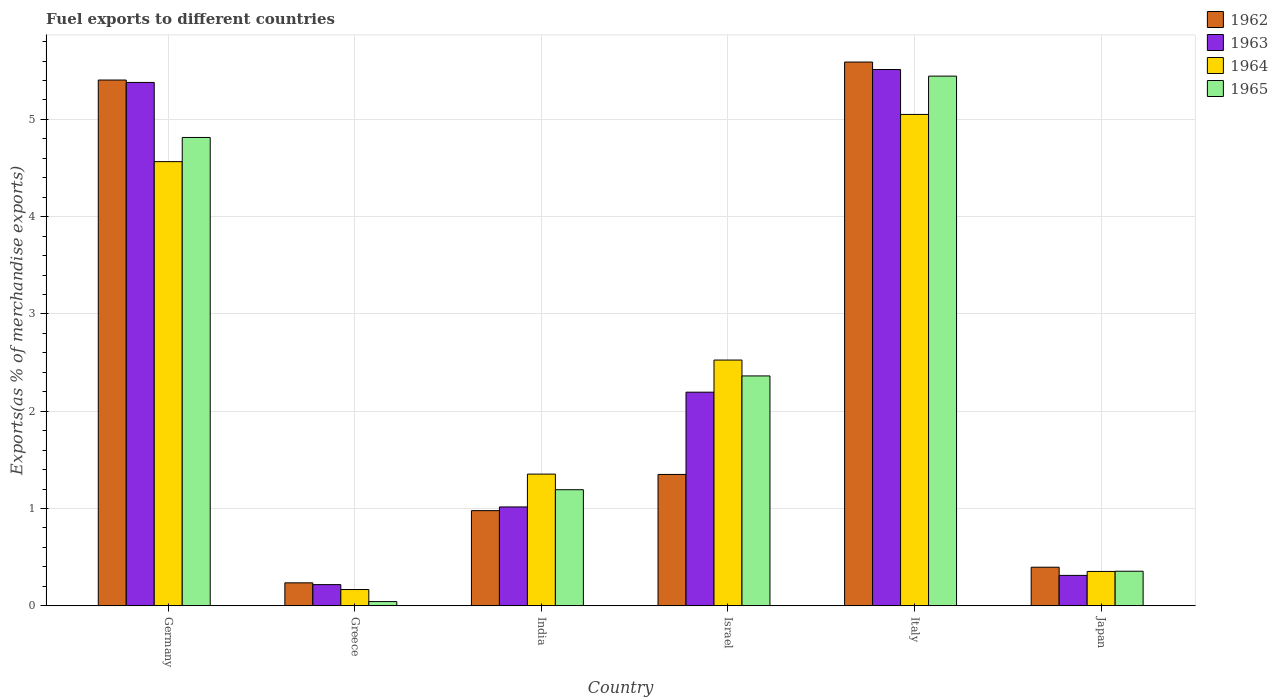
| Country | 1962 | 1963 | 1964 | 1965 |
 | --- | --- | --- | --- | --- |
 | Germany | 5.4 | 5.38 | 4.57 | 4.81 |
 | Greece | 0.236 | 0.218 | 0.167 | 0.0434 |
 | India | 0.978 | 1.02 | 1.35 | 1.19 |
 | Israel | 1.35 | 2.2 | 2.53 | 2.36 |
 | Italy | 5.59 | 5.51 | 5.05 | 5.45 |
 | Japan | 0.397 | 0.312 | 0.353 | 0.355 |